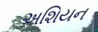
અશિયન